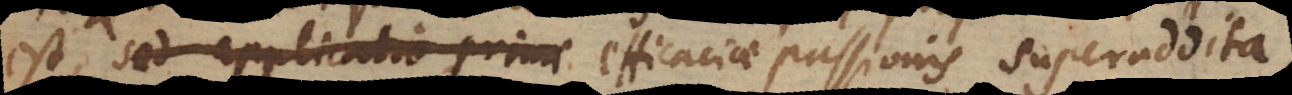
est, sed applicatio primae efficaciae passionis superaddita,